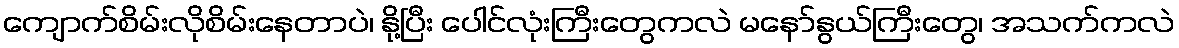
ကျောက်စိမ်းလိုစိမ်းနေတာပဲ၊ နို့ပြီး ပေါင်လုံးကြီးတွေကလဲ မနော်နွယ်ကြီးတွေ၊ အသက်ကလဲ